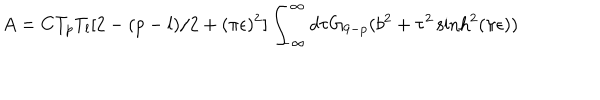
A = C T _ { p } T _ { l } [ 2 - ( p - l ) / 2 + ( \pi \epsilon ) ^ { 2 } ] \int _ { - \infty } ^ { \infty } d \tau G _ { 9 - p } ( b ^ { 2 } + \tau ^ { 2 } \sinh ^ { 2 } ( \pi \epsilon ) )